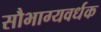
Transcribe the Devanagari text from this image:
सौभाग्यवर्धक